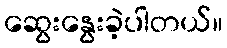
ဆွေးနွေးခဲ့ပါတယ်။